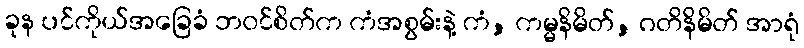
ခုန ပင်ကိုယ်အခြေခံ ဘဝင်စိတ်က ကံအစွမ်းနဲ့ ကံ, ကမ္မနိမိတ်, ဂတိနိမိတ် အာရုံ